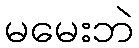
မမေးဘဲ